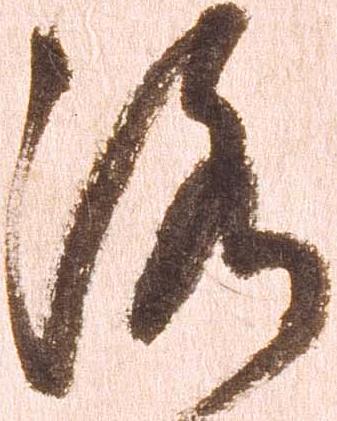
洛